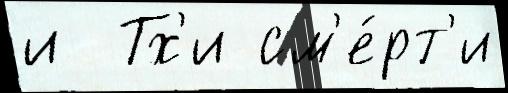
и  Тх'и см'е́рт'и